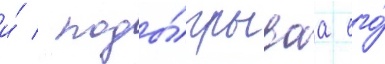
и́ / поды́грываа его́